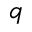
q